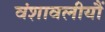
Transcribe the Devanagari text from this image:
वंशावलीयौं